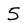
Character: 5